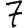
Digit: 7